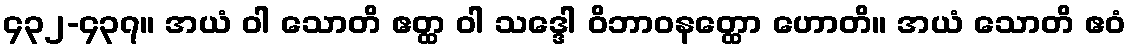
၄၃၂-၄၃၇။ အယံ ဝါ သောတိ ဧတ္ထ ဝါ သဒ္ဒေါ ဝိဘာဝနတ္ထော ဟောတိ။ အယံ သောတိ ဧဝံ